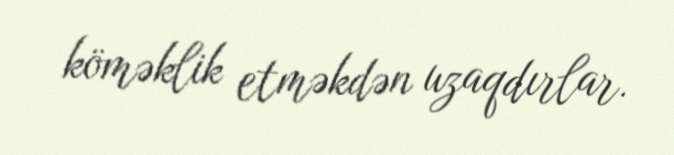
köməklik etməkdən uzaqdırlar.